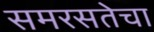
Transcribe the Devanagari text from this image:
समरसतेचा